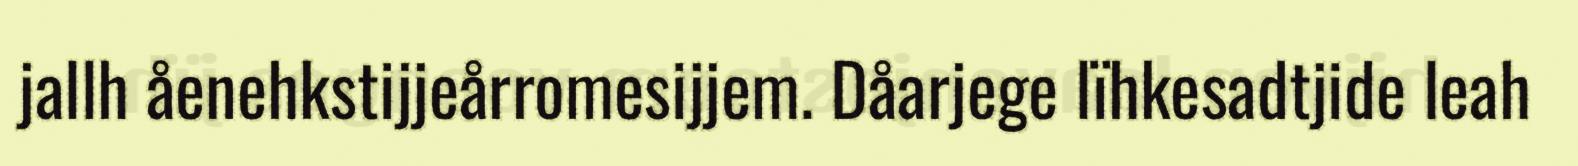
jallh åenehkstijjeårromesijjem. Dåarjege lïhkesadtjide leah